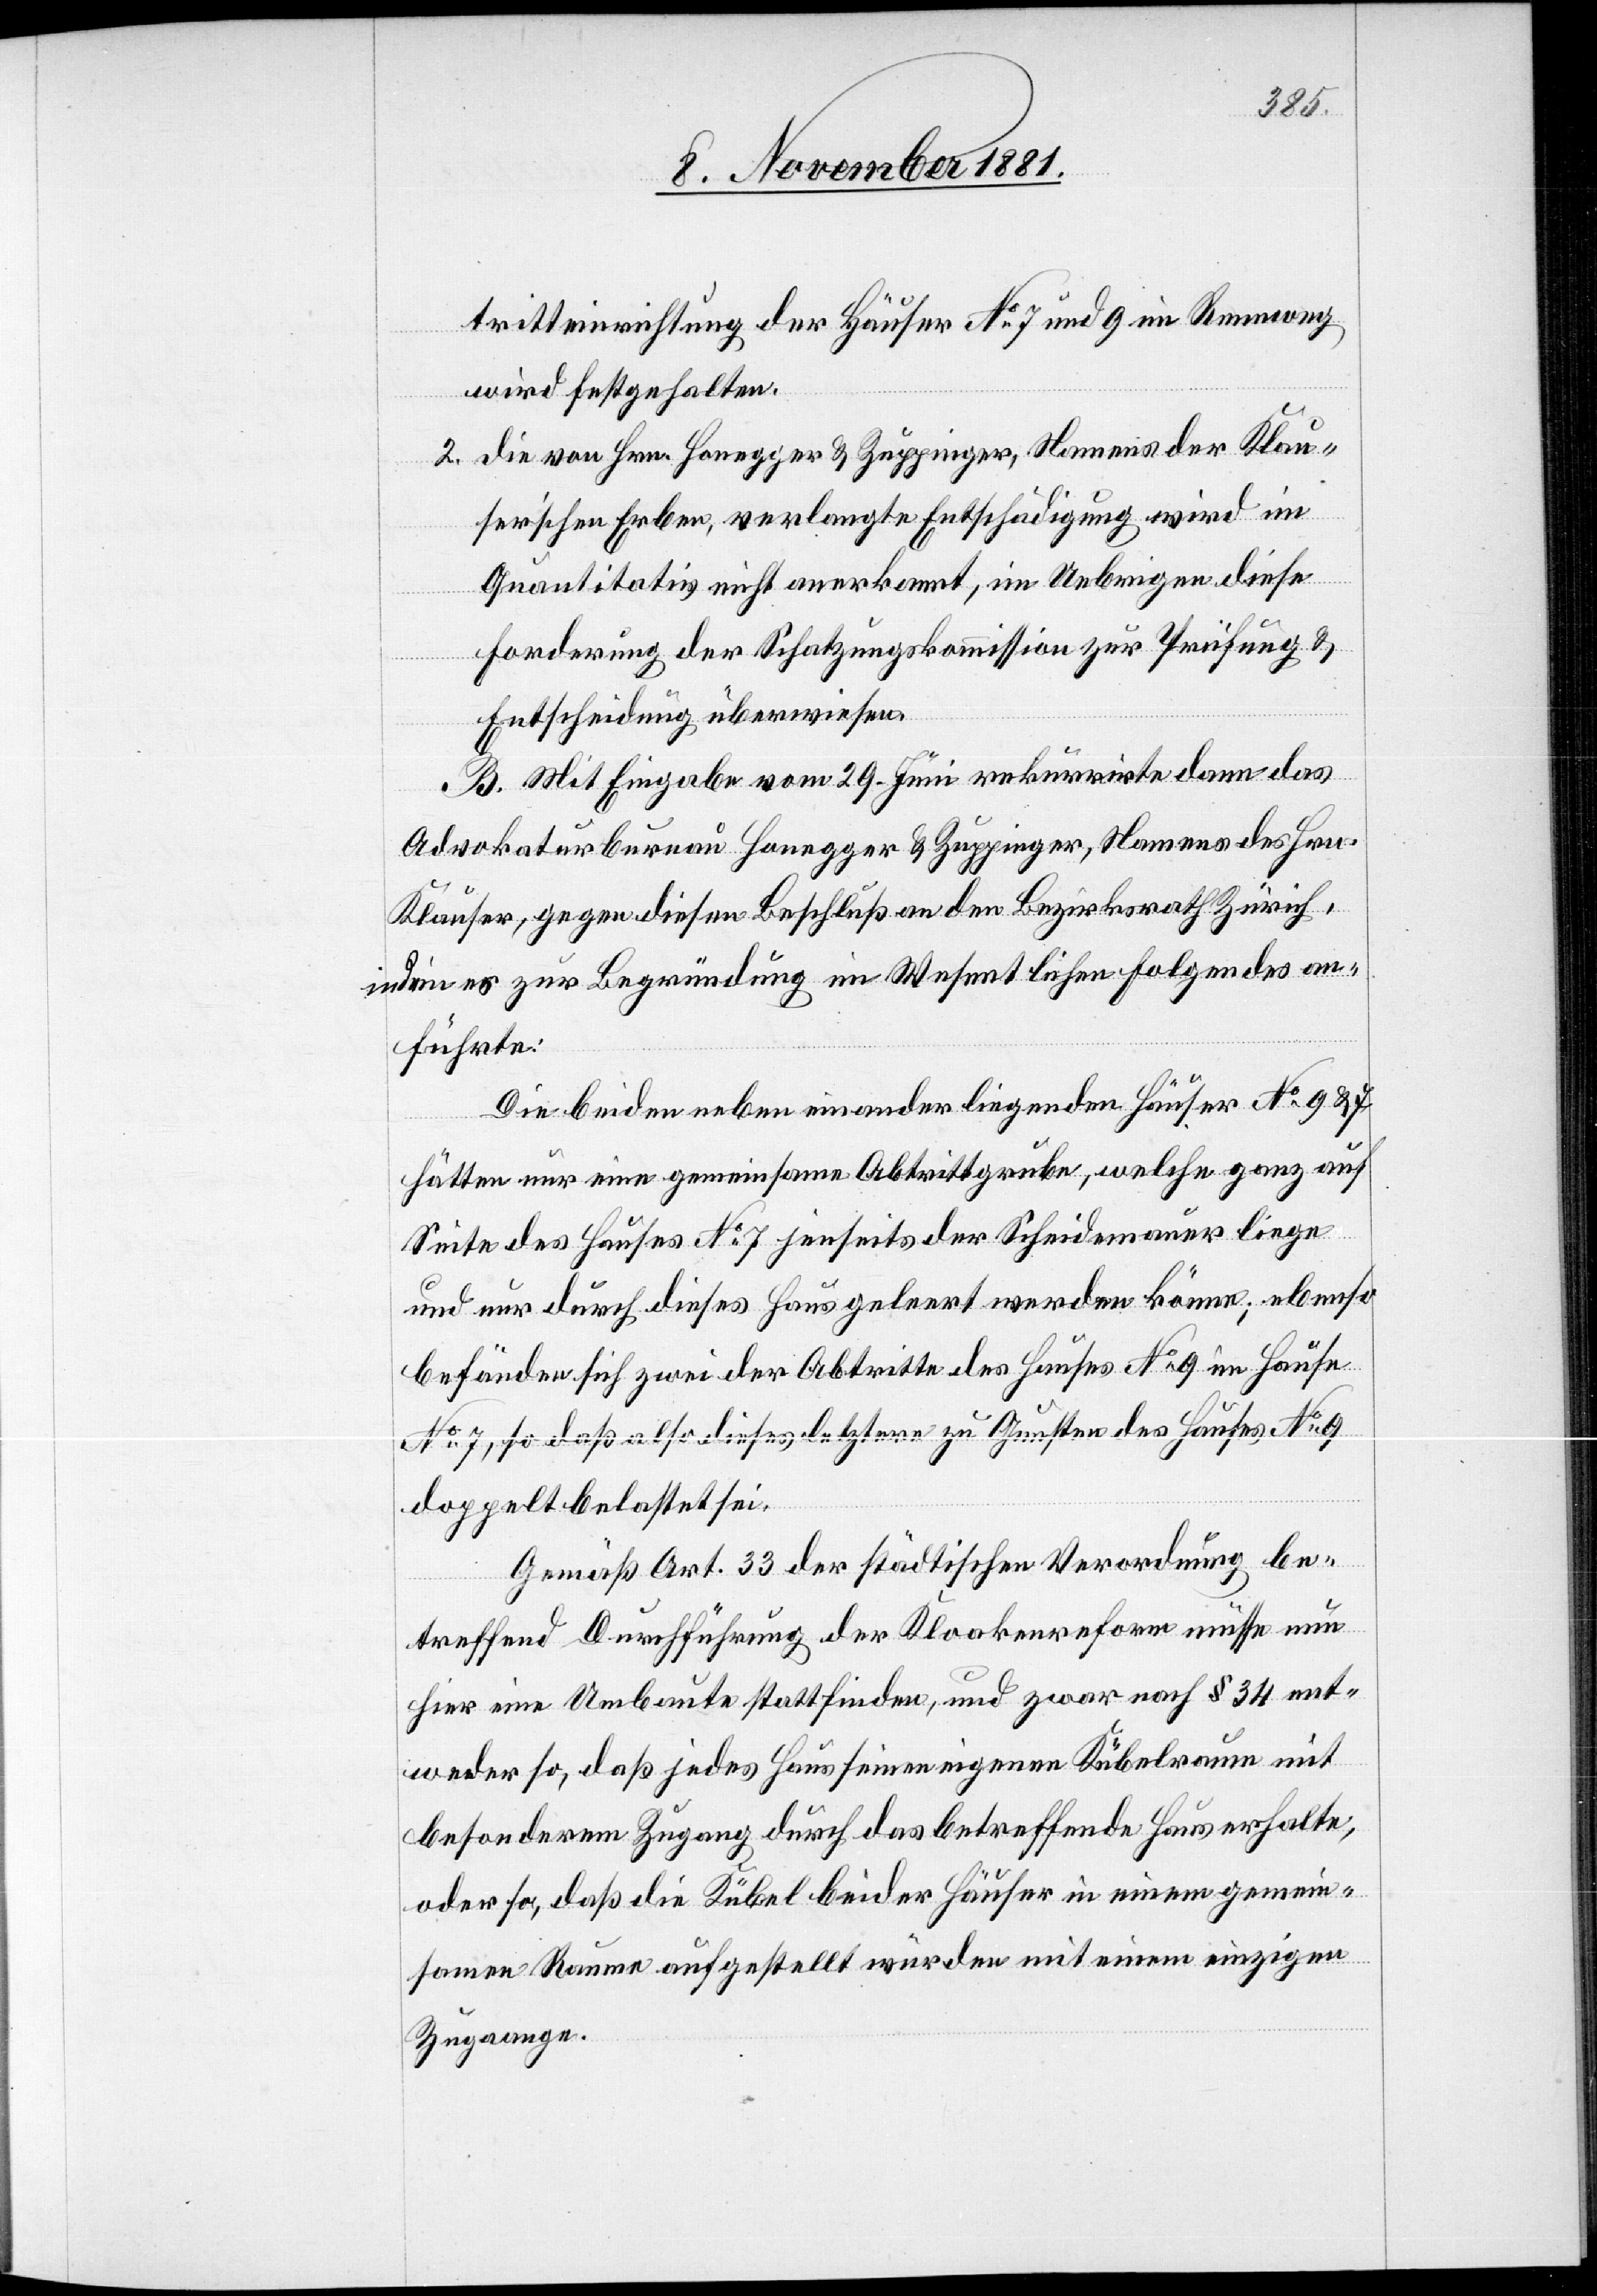
tritteinrichtung der Häuser No 7 und 9 im Rennweg
wird festgehalten.
2. Die von Hrn. Honegger & Zuppinger, Namens der Klau¬
ser’schen Erben, verlangte Entschädigung wird im
Quantitativ nicht anerkannt, im Uebrigen diese
Forderung der Schatzungskommission zur Prüfung &
Entscheidung überwiesen.
B. Mit Eingabe vom 29. Juni rekurrirte dann das
Advokaturbureau Honegger & Zuppinger, Namens des Hrn.
Klauser, gegen diesen Beschluß an den Bezirksrath Zürich,
indem es zur Begründung im Wesentlichen Folgendes an¬
führte:
Die beiden neben einander liegenden Häuser No 9 & 7
hätten nur eine gemeinsame Abtrittgrube, welche ganz auf
Seite des Hauses No 7 jenseits der Scheidemauer liege
und nur durch dieses Haus geleert werden könne; ebenso
befänden sich zwei der Abtritte des Hauses No 9 im Hause
No 7, so daß also dieses letztere zu Gunsten des Hauses No 9
doppelt belastet sei.
Gemäß Art. 33 der städtischen Verordnung be¬
treffend Durchführung der Kloakenreform müsse nun
hier eine Umbaute stattfinden, und zwar nach § 34 ent¬
weder so, daß jedes Haus seinen eigenen Kübelraum mit
besonderem Zugang durch das betreffende Haus erhalte;
oder so, daß die Kübel beider Häuser in einem gemein¬
samen Raume aufgestellt würden mit einem einzigen
Zugang.